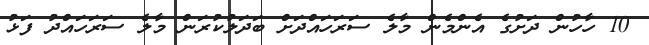
10 ހާހުން ދަށުގެ އެންމެން މާލެ ސަރަހައްދަށް ބަަދަލުކުރަން މާލެ ސަރަހައްދު ފަޅު